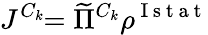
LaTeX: J^{C_{k}}\! \! =\widetilde{\Pi}^{C_{k}}\rho^{\mathrm{~I~s~t~a~t~}}